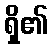
ရှိ၏